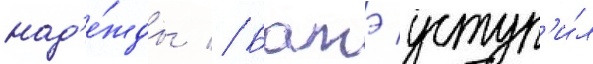
над'е́жды // Батэ уступ'и́л